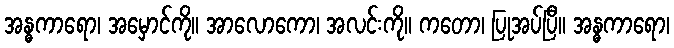
အန္ဓကာရော၊ အမှောင်ကို။ အာလောကော၊ အလင်းကို။ ကတော၊ ပြုအပ်ပြီ။ အန္ဓကာရော၊